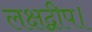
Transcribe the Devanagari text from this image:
लक्षद्वीप।